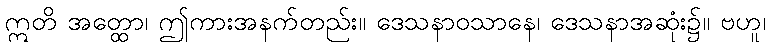
ဣတိ အတ္ထော၊ ဤကားအနက်တည်း။ ဒေသနာဝသာနေ၊ ဒေသနာအဆုံး၌။ ဗဟူ၊